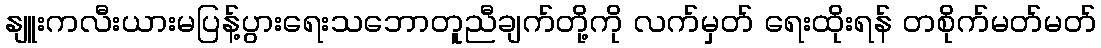
နျူးကလီးယားမပြန့်ပွားရေးသဘောတူညီချက်တို့ကို လက်မှတ် ရေးထိုးရန် တစိုက်မတ်မတ်